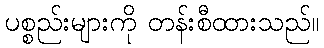
ပစ္စည်းများကို တန်းစီထားသည်။